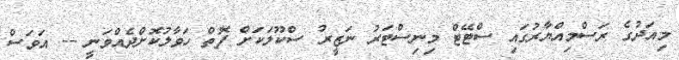
މިއަދުގެ ރަސްމިއްޔާރުގައި ސްޓޭޓް މިނިސްޓަރު ނަޒީރު ސްކޫލަކަށް ފޮތް ހަވާލުކޮށްދެއްވަނީ -- އަވަސް